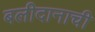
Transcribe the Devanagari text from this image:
बलीदानाची